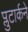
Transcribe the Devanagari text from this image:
प्लुटार्कने